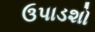
ઉપાડશો